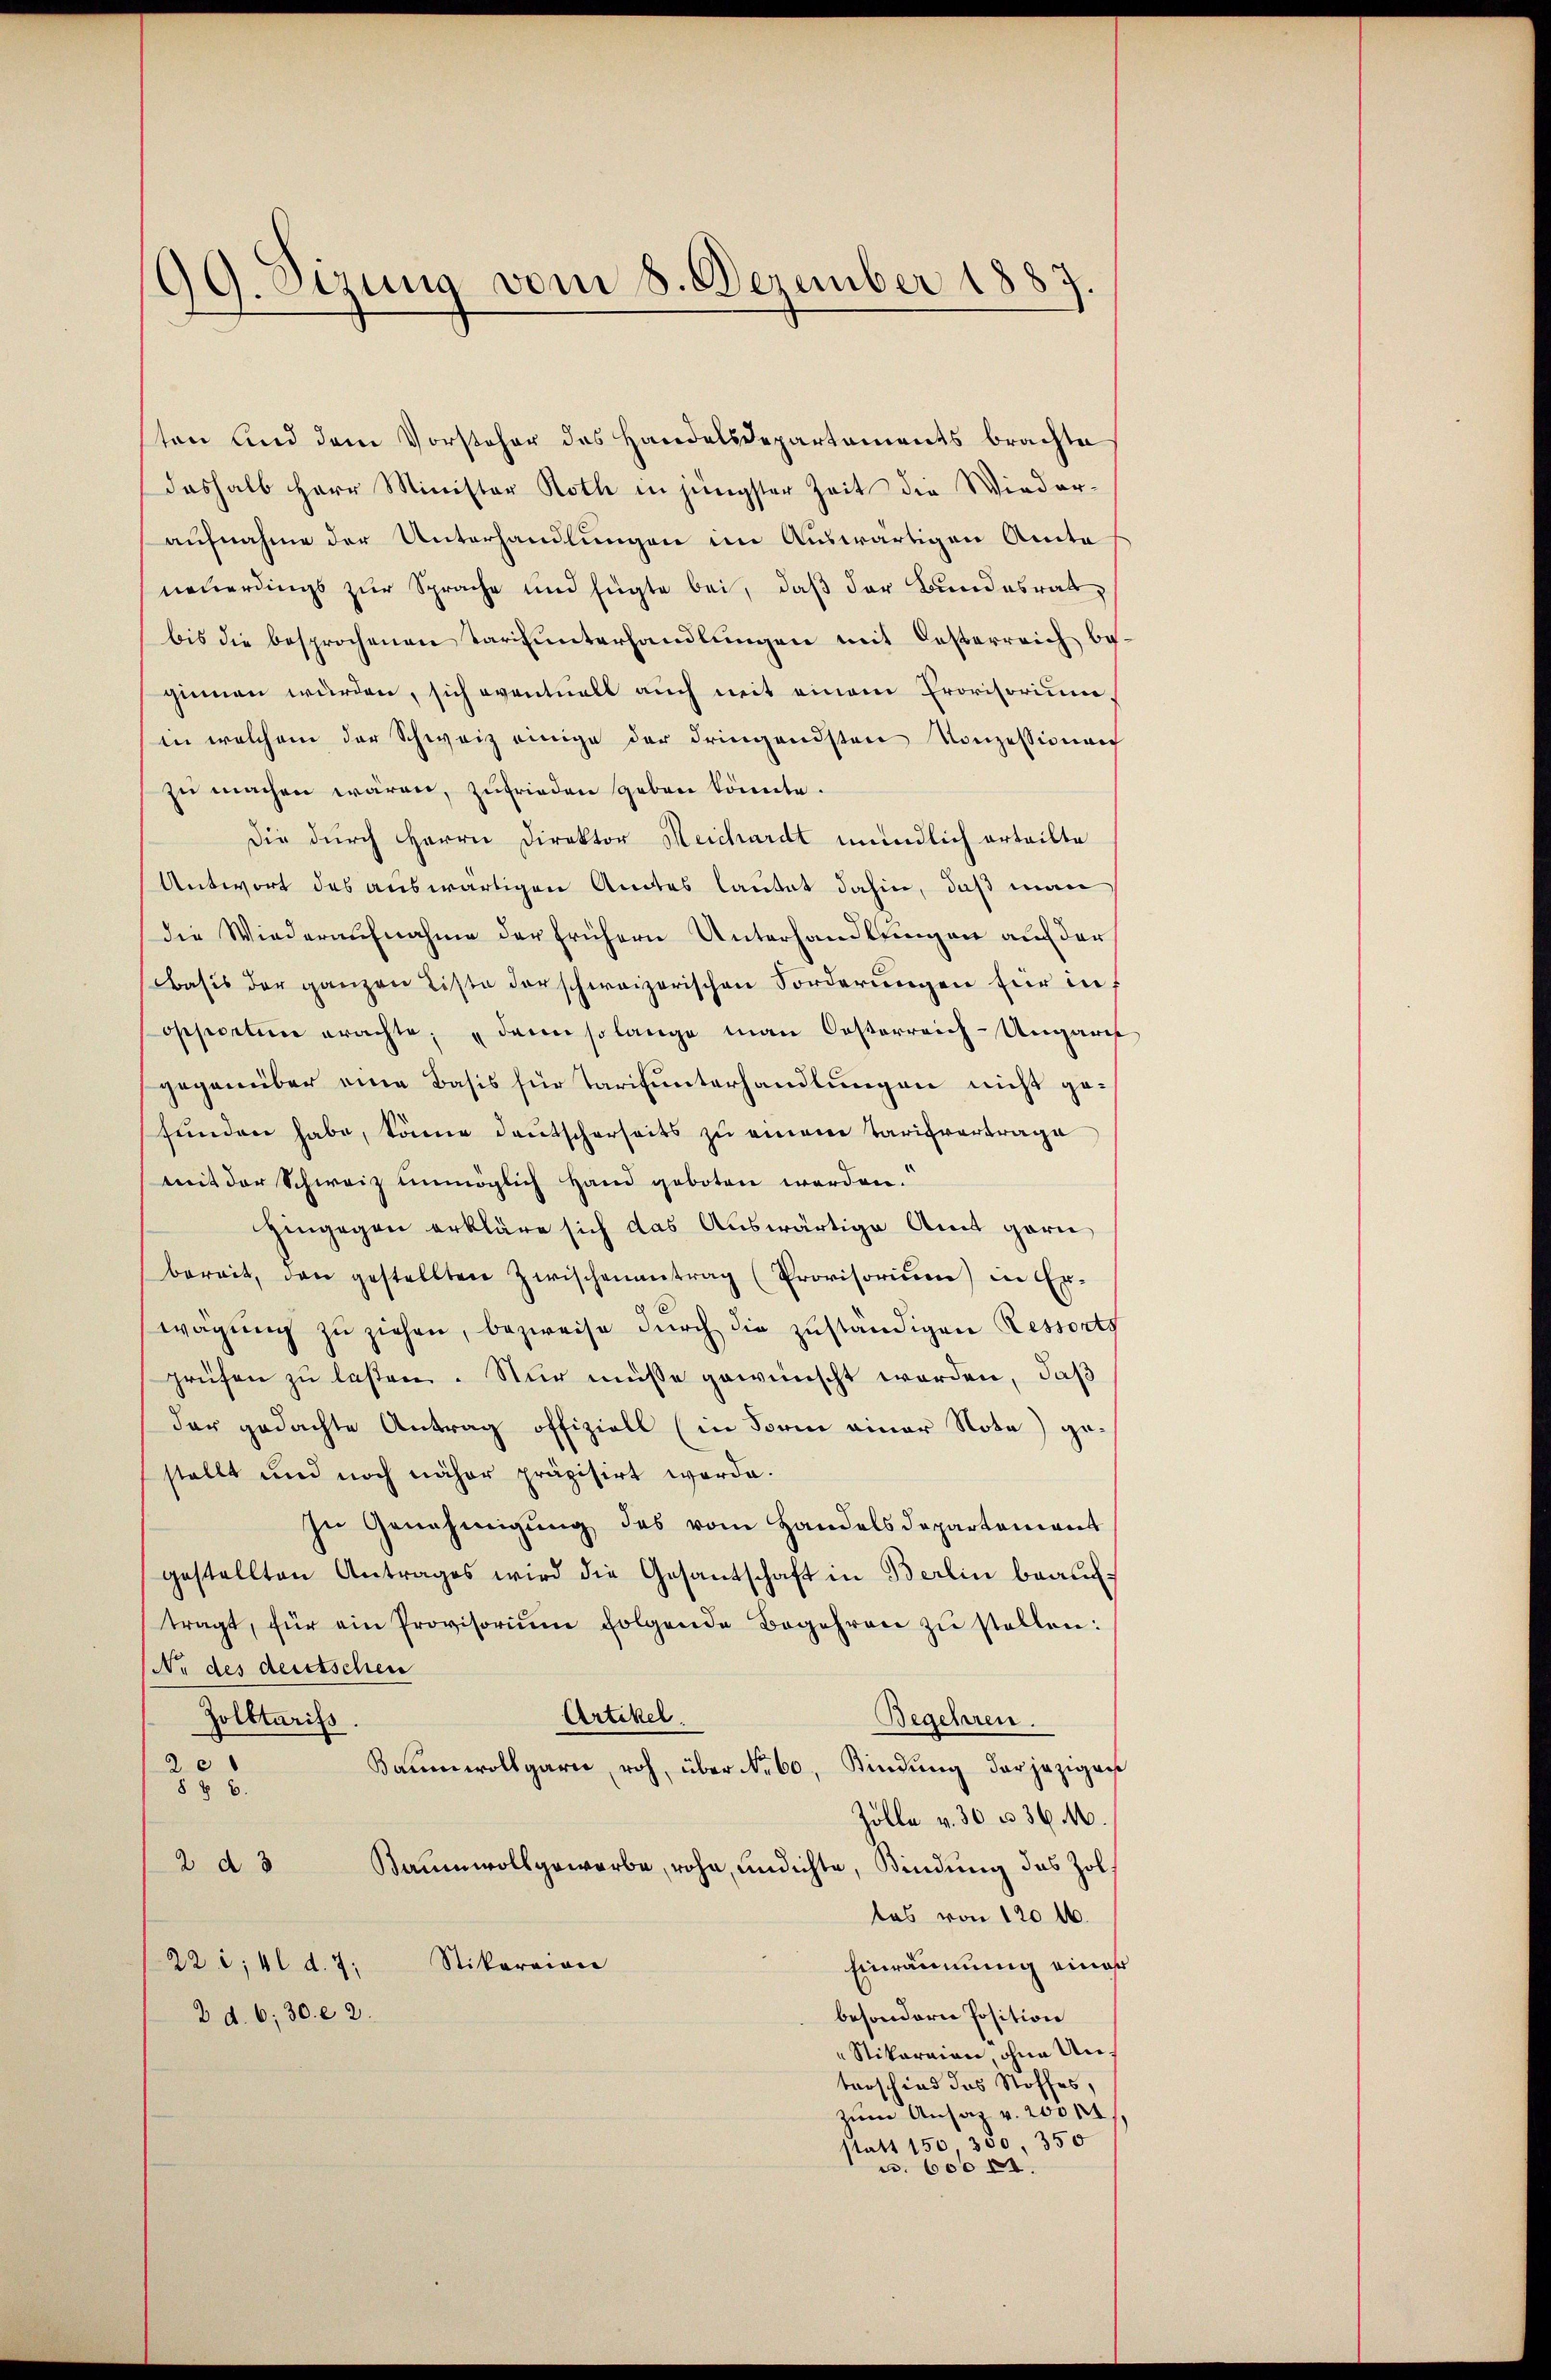
99. Sizung vom 8. Dezember 1887.

ten und dem Vorsteher des Handelsdepartements brachte
deshalb Herr Minister Roth in jüngster Zeit die Wieder-
aufnahme der Unterhandlungen im Auswärtigen Amte
neuerdings zur Sprache und fügte bei, daß der Bundesrat,
bis die besprochenen Tarifunterhandlungen mit Oesterreich be-
ginnen würden, sich eventuell auch mit einem Provisorium
in welchem der Schweiz einige der dringendsten Konzessionen
zu machen wären, zufrieden geben könnte.
Die durch Herrn Direktor Meichardt mündlich erteilte
Antwort des auswärtigen Amtes lautet dahin, daß man
die Wiederaufnahme der frühern Unterhandlungen auf der
Basis der ganzen Liste derschweizerischen Forderungen für in f
ossecution erachte; dann solange man Oesterreich-Ungaris
gegenüber eine Basis für Tarifunterhandlungen nicht gefunden habe, könne deutscherseits zu einem Tarifvertrage
mit der Schweiz unmöglich Hand geboten werden.
hingegen erkläre sich das Auswärtige Amt garn
bereit, den gestellten Zwischenantrag (Provisorium) in Erwägŭng zu ziehen, bezweife durch die zuständigen Ressorts
prüfen zu lassen. Nur müsse gewünscht worden, daß
der gedachte Antrag offiziell (in Form einer Note) gestellt und noch näher präzisirt werde.
zu Genehmigŭng des vom Handelsdepartement
gestellten Antrages wird die Gesantschaft in Berlin beauftragt, für ein Provisorium folgende Begehren zŭ stellen:
Nr des deutschen
Artikel.
Zolltarifs
Begehren.
Baumwollgarn, roh, über No 60, Kindung der jezigars
535.
Zolle v. 30 n 36 M.
2 d 3 Baumwollgewarbe, rohe, undichte, Kindung das Zoll
tas von 120 l.
22 i; 4. d. 7. Stikarian
Einräumung einer
besondern Position
2 d. 6, 30. e. 2.
Stikaraien, ohne Unterschied das Stoffes,
zum Ansaz v. 20511,
statt 150, 350 350
u. 600 rt.